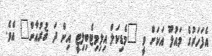
އެފަހަރުގެ މައުލޫ އަކަށް ވީ "މެޑިކަލް އިލިމިޓެބިލިޓީ އިން ދަ ޤުރުއާން" އެވެ.